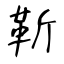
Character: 靳